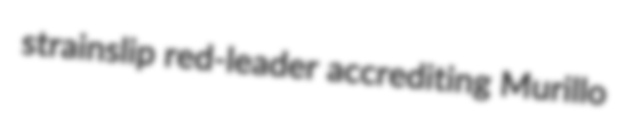
strainslip red-leader accrediting Murillo